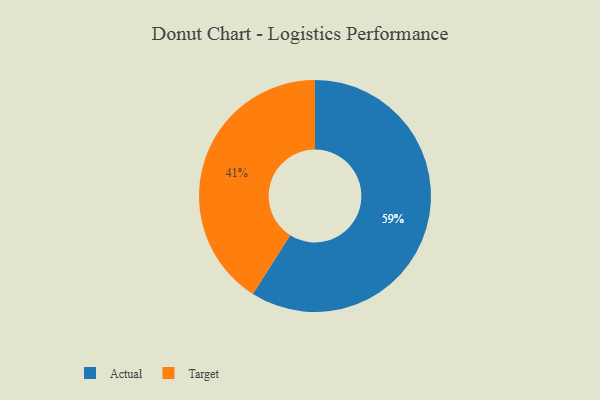
{"axis": {"x": "Category", "y": "Percentage"}, "legend": ["Actual", "Target"], "data": [{"x": "Actual", "y": 59, "type": "Actual"}, {"x": "Target", "y": 41, "type": "Target"}]}